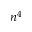
n ^ { 4 }